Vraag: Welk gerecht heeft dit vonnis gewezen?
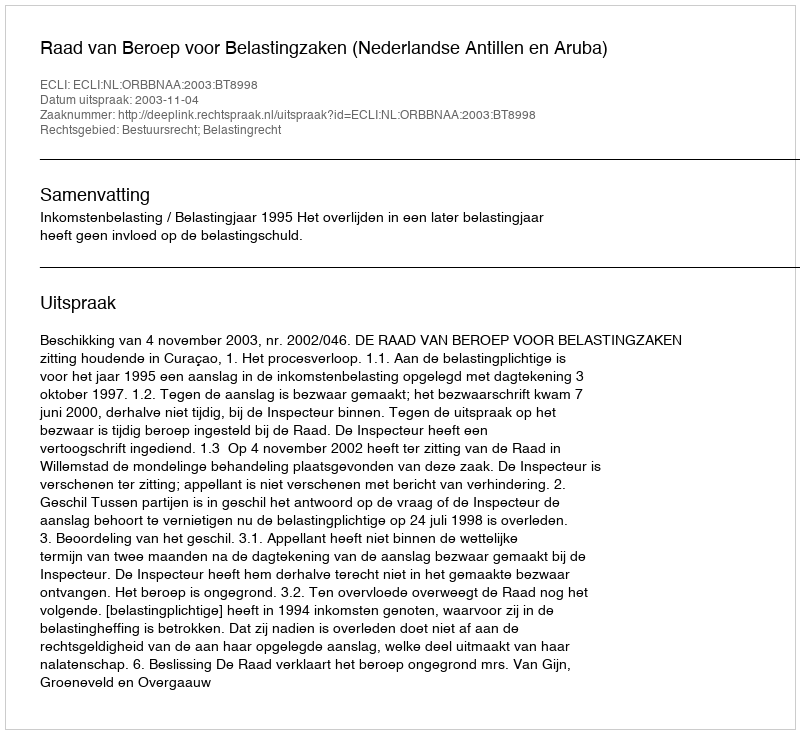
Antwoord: Raad van Beroep voor Belastingzaken (Nederlandse Antillen en Aruba)